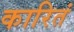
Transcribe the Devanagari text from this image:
कारितं